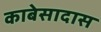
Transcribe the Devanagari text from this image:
काबेसादास